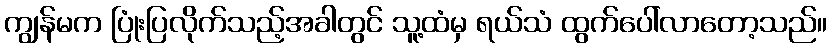
ကျွန်မက ပြုံးပြလိုက်သည့်အခါတွင် သူ့ထံမှ ရယ်သံ ထွက်ပေါ်လာတော့သည်။